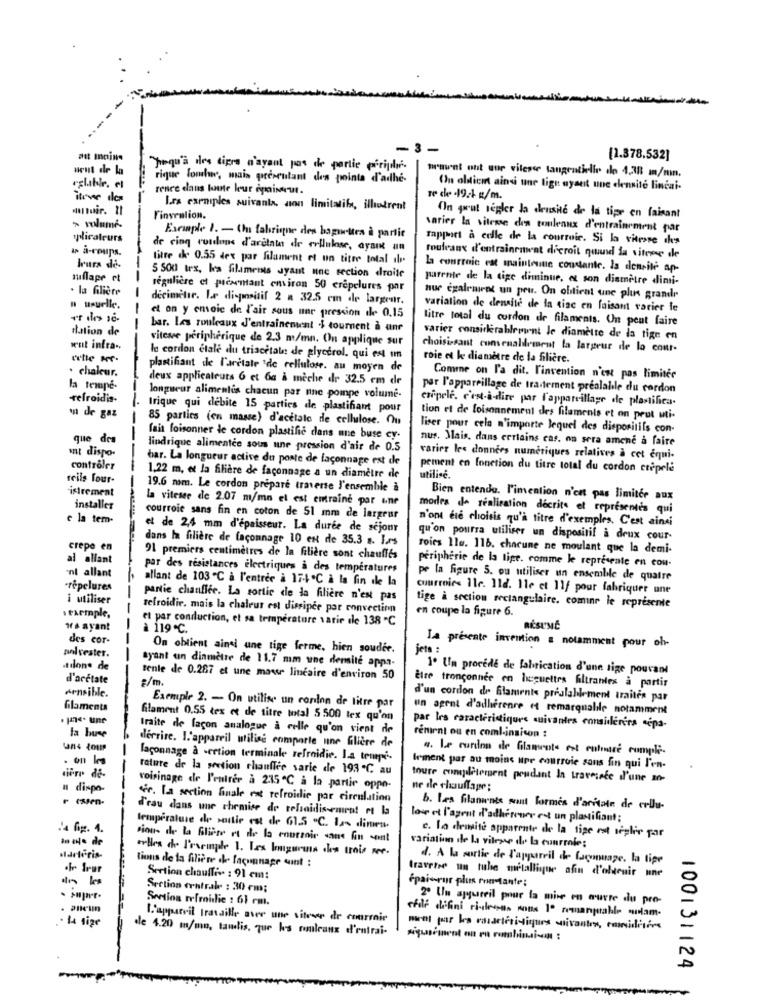
-3
(1.378.532]
"Troqu'a des cipro n'ayant pas de partie porige.
braunt ont our vitesse tangentielle de 1238 m/min.
rique lowhww, mais presentant des pointa d'adhe-
renee dans le leur ogminut.
On obtient ainsi une lign ayant une elensite lineai.
itever des
re de 19.4 g/m.
Les exemples suivanta, son limitatif, illatrent
Finvealion.
On peut segler la densite de la tipe en faisant
> volumes
varier la vitesse den touleaux d'entraînement par
plicaleurs
Exemple I. - Un fabrique des baguettes à partie
rapport à celle de la courroie. Si la vitesse ils
w å-roups.
de cinq rundons d'aretato de erllulose, ayak an
titre de 0.55 dex par filament et un titre total ile
fouleanx d'entrainement dicroit quand la vitesse de
Irura di-
la courroie est maintenue constante. la densité ap-
auflage ct
5 500 tex, les filaments dyant une section droite
parente de la tige diminue. a son diamètre dimi-
la filière
régulière et presentant environ 50 crepelures par
decimeter. Le dispositif 2 32.5 m de lar.
nur egalement un peu. On obtient une plus grande
n usuelle.
variation de densite de la tiac en faisant varier le
et on y emoic de l'air sous une pression de 0.15
litre total du cordon de filaments. On peut faire
thattion de
bar. Les rouleaux J'entrainement $ tournent à une
vitesse périphérique de 2.3 m/mn. On applique sur
varier considerablewant le diamètre de la tige en
went infra ..
choisissant convenablement la largeur de la cour-
le cordon etale du triacetate de glycerol. qui est un
roie et le diamètre de la filière.
. chaleur.
plastifiant de l'arctate 'de cellulose. au moyen de
deux applicateuts 6 et Ga a meche de 32.5 em de
Comme on l'a dit. L'invention n'est pas limiter
la tempe-
par l'appareillage de traitement préalable du cordon
refroidis-
longueur alimentos chacun par nne pompe volume-
cripple, c'est-à-dire par l'appareillage de plastifica.
Irique qui debite 15 parties de plastifiant pour
m de gaz
85 parties (en masse) d'acctale de cellulose. Ou
tion et de foisonnement des filaments et on peut uti-
l'iser pour cela n'importe lequel des dispositifs con-
que des
fais foisonner le cordon plastific dans une buse cy.
nus. Mais, dans certains cas. on sera amene a faire
mnt dispo-
lindrique alimentce sous une pression d'air de 0.5
bar. La longueur active du poste de faconnage est de
varier les données numériques relatives à cet équi-
contrôler
pement en fonction du titre total du cordon ctepela
reils four-
1,22 m, et la filière de façonnage a un diamètre de
utilisé.
istrement
19.6 mm. Le cordon prepare traverse l'ensemble à
la vitesee de 2.07 m/mn el est entraine por une
Bien entende. l'imention n'est pas limiter aux
installer
modes de realisation decrite et representes qui
e la tem-
courroie sans fin en coton de 51 mm de largeur
n'ont ere choisis qu'à titre d'exemples. C'est ainsi
et de 2,4 mm d'épaisseur. La durée de séjour
dans la filière de faconnage 10 ent de 35.3 a. I.rs
qu'on pourra utiliser un dispositif a deux cour-
crepe en
roies 110. 116. chacune ne moulant que la demi-
al allant
91 premiers centimètres de la filière sont chauffés
'nt allant
par des résistances électriques a des températures
peripherie de la tige. comme le représente en cou-
allant de 103 ℃ à l'entrée à 17-4℃ à la fin de la
pe la figure 5. ou utiliser un ensemble de quatre
-répelures
courroies Ile. 11d. 1le et 11/ pour fabriquer une
i utiliser
partie chauffée. La sortie de la filière n'est pas
refroidir. mais la chaleur est dissipce por convection
en coupe la figure 6.
tige à section rectangulaire. comine le represente
s exemple,
et par conduction, et sa temperature varie de 138 ℃
Hra ayant
à 119 ℃.
des cor-
polyester.
On obtient ainsi une tige ferme, hien soudee.
jeto :
La presente invention a notamment pour oh-
ayant un dinmetre de 11.7 mm une densité appa-
.tilone de
1º Un procédé de fabrication d'une sige pouvant
d'arétate
tente de 0.267 et une maas linéaire d'environ 50
#/m
sensible.
Ètre tronçonnee en liguettrs filtrantes à partir
d'un cordon de filaments préalablement traites par
filaments
Exemple 2. - On utilise un conlon de litre par
un agent d'adherence et remarquable notamment
. p. une
Glament 0.55 tex et de titre total 5 500 tex qu'on
traite de lacon analogue à celle qu'on vient de
par les caractéristiques suivantes consideres sepa-
la buse
renient ou en coml-insison :
derrire. L'appareil utilise comporte une filière de
4. Le curdna de Glamente ret eulnare cumpli-
laconnage à -ertion terminale refroidie. La tempe.
rature de la section chauffée sarie de 193 ℃. au
lement par au moins uire courroie sans fin qui l'en-
toure compilMergent poudant In travesece d'une 20-
a dispo-
voisinage de l'entrer à 235℃ à la partie oppo-
ne de chauffage;
fr. La section finale en refroidir par circulation
d'eau dans une chemise de telsaidissement rt la
b. Les filaments sont formes d'ariate de celle-
love et l'agent d'adhérere est un planifiant;
.4 fig. 4.
temperature de sortie est de 61.5 "℃. I- dimen-
c. La demsite apparente de la tige est seplie par
In de de
Pious de la Gliere et de la coursoir sans fin sont
variation de la vitesse de la courrole;
Bes de l'europe 1. Les luguruiz des trois see.
Marteris-
tions de la filière ch- facunnage quint :
d. A la sortie de l'appareil de lacmuage, la tipe
.fr Irur
traverse un tube métallique afin d'oldenir une
Section chauffis : 91 cm:
épaisrur plus montante:
Section centrale : 30 cm;
Section refroidie : 61 cm.
2º Un ajqueeil pour la mise en œuvre du pro-
. .
L'appareil travaille aver une siteser de courroie
efile difini ci-dessus nous Iº romanprable selam-
le 4.20 m/mn, tandis, que les rouleaux d'entrai-
owet par ka caractéristiques suivantes, considérées
signsiment on na combinaison :
100131124